Reports on dispensaries and lunatic asylums in the Province of Oudh - 1869-1876
Year: 1869
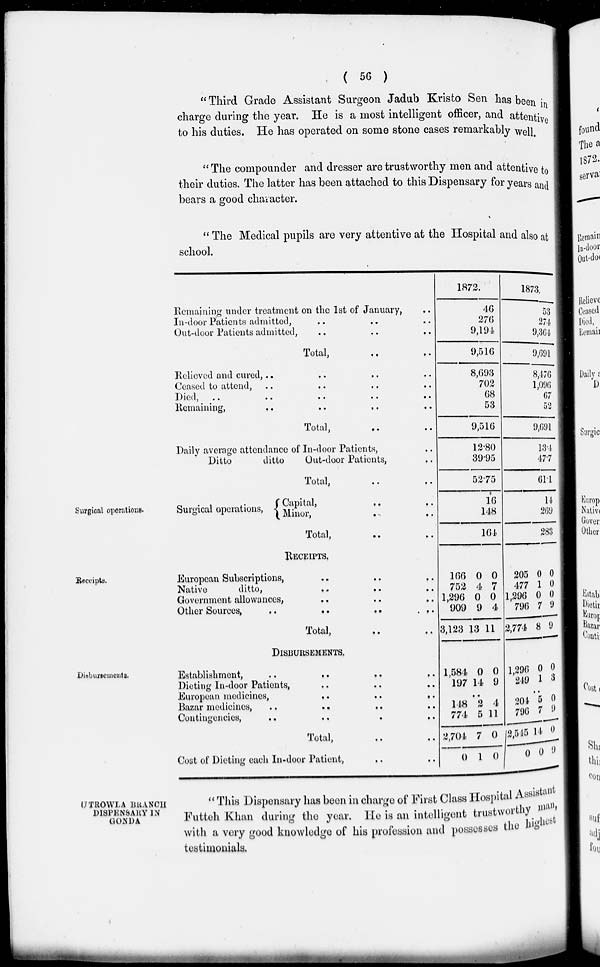
( 56 )
" Third Grade Assistant Surgeon Jadub Kristo Sen has been in
charge during the year. He is a most intelligent officer, and attentive
to his duties. He has operated on some stone cases remarkably well.
"The compounder and dresser are trustworthy men and attentive to
their duties. The latter has been attached to this Dispensary for years and
bears a good character.
" The Medical pupils are very attentive at the Hospital and also at
school.
Surgical operations.
Remaining under treatment on the 1st of January, ..
In-door Patients admitted, .. .. ..
Out-door Patients admitted,
..
..
..
Total, .. ..
Relieved and cured, .. .. .. ..
Ceased to attend,
..
..
..
..
Died, .. .. .. .. .. ..
Remaining,
..
..
..
..
..
Total, .. ..
Daily average attendance of In-door Patients, ..
Ditto
ditto
Out-door Patients, ..
Total, .. ..
Surgical operations,
Capital,
..
..
Minor,
..
..
Total,
..
..
1872.
46
276
9,194
9,516
8,693
702
68
53
9,516
12.80
39.95
52.75
16
148
164
1873.
53
274
9,364
9,691
8,476
1,096
67
52
9,691
13.4
47.7
61.1
14
269
283
Receipts.
RECEIPTS.
European Subscriptions,
..
..
..
Native
ditto,
..
..
..
Government allowances, .. .. ..
Other Sources,
..
..
..
..
Total, .. ..
166
752
1,296
909
3,123
0
4
0
9
13
0
7
0
4
11
205
477
1,296
796
2,774
0
1
0
7
8
0
0
0
9
9
Disbursements.
DISBURSEMENTS.
Establishment,
..
..
..
..
Dieting In-door Patients, .. .. .. ..
European medicines ,
..
..
..
Bazar medicines,
..
..
..
..
Contingencies,
..
..
..
..
Total,
..
..
Cost of Dieting each In-door Patient, .. ..
1,581
197
0
14
0
9
..
148
774
2,704
0
2
5
7
1
4
11
0
0
1,296
249
0
1
0
3
..
204
796
2,545
0
7
7
14
0
0
9
0
9
UTROWLA BRANCH
DISPENSARY IN
GONDA
" This Dispensary has been in charge of First Class Hospital Assistant
Futtch Khan during the year. He is an intelligent trustworthy man,
with a very good knowledge of his profession and possesses the highest
testimonials.